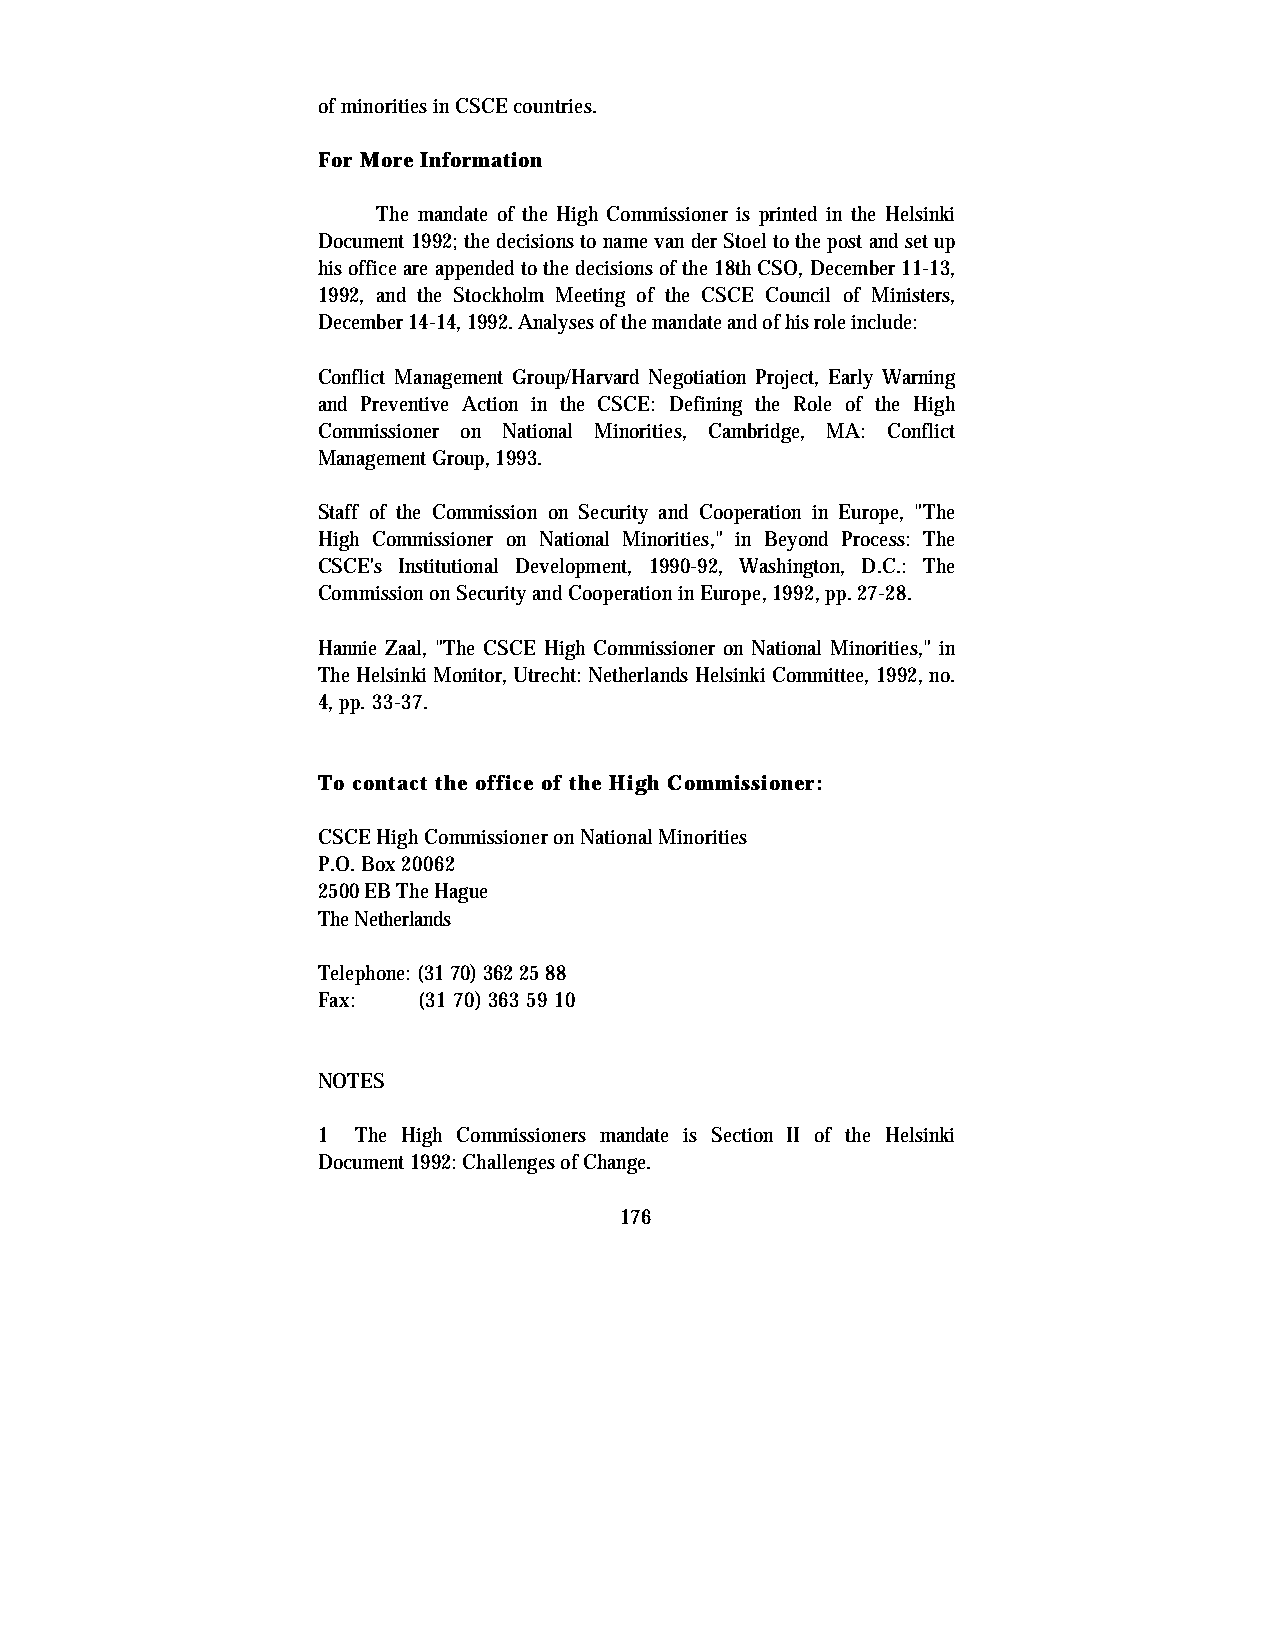
of minorities in CSCE countries.
 For More Information
 The mandate of the High Commissioner is printed in the Helsinki
 Document 1992; the decisions to name van der Stoel to the post and set up
 his office are appended to the decisions of the 18th CSO, December 11-13,
 1992, and the Stockholm Meeting of the CSCE Council of Ministers,
 December 14-14, 1992. Analyses of the mandate and of his role include:
 Conflict Management Group/Harvard Negotiation Project, Early Warning
 and Preventive Action in the CSCE: Defining the Role of the High
 Commissioner on National Minorities, Cambridge, MA: Conflict
 Management Group, 1993.
 Staff of the Commission on Security and Cooperation in Europe, "The
 High Commissioner on National Minorities," in Beyond Process: The
 CSCE's Institutional Development, 1990-92, Washington, D.C.: The
 Commission on Security and Cooperation in Europe, 1992, pp. 27-28.
 Hannie Zaal, "The CSCE High Commissioner on National Minorities," in
 The Helsinki Monitor, Utrecht: Netherlands Helsinki Committee, 1992, no.
 4, pp. 33-37.
 To contact the office of the High Commissioner:
 CSCE High Commissioner on National Minorities
 P.O. Box 20062
 2500 EB The Hague
 The Netherlands
 Telephone: (31 70) 362 25 88
 Fax:   (31 70) 363 59 10
 NOTES
 1  The High Commissioners mandate is Section II of the Helsinki
 Document 1992: Challenges of Change.
 176